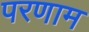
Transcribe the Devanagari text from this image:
परणाम